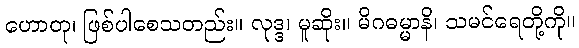
ဟောတု၊ ဖြစ်ပါစေသတည်း။ လုဒ္ဒ၊ မူဆိုး။ မိဂဓမ္မာနိ၊ သမင်ရေတို့ကို။